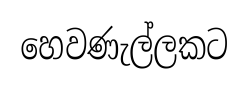
හෙවණැල්ලකට